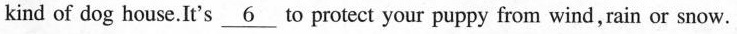
kind of dog house.It's\underline{6} to protect your puppy from wind, rain or snow.